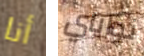
أنا نواياي